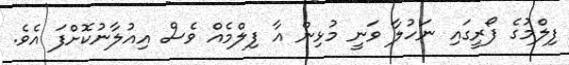
ފިލްމުގެ ފޯރީގައި ނަހުލާ ވަނީ މުޅިން އާ ފިލްމެއް ވެސް އިއުލާނުކޮށްފަ އެވެ.